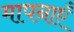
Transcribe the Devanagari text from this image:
मापनाएँ